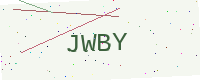
Text: JWBY